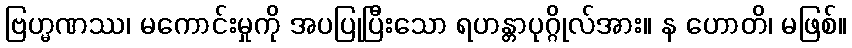
ဗြဟ္မဏဿ၊ မကောင်းမှုကို အပပြုပြီးသော ရဟန္တာပုဂ္ဂိုလ်အား။ န ဟောတိ၊ မဖြစ်။